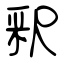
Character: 釈